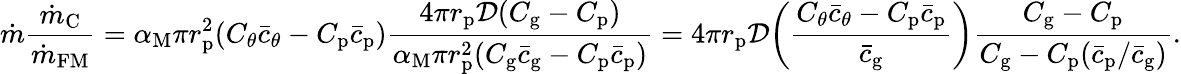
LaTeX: \dot{m}\frac{\dot{m}_{\mathrm{C}}}{\dot{m}_{\mathrm{FM}}}=\alpha_{\mathrm{M}}\pi r_{\mathrm{p}}^{2}(C_{\theta}\bar{c}_{\theta}-C_{\mathrm{p}}\bar{c}_{\mathrm{p}})\frac{4\pi r_{\mathrm{p}}\mathcal{D}(C_{\mathrm{g}}-C_{\mathrm{p}})}{\alpha_{\mathrm{M}}\pi r_{\mathrm{p}}^{2}(C_{\mathrm{g}}\bar{c}_{\mathrm{g}}-C_{\mathrm{p}}\bar{c}_{\mathrm{p}})}=4\pi r_{\mathrm{p}}\mathcal{D}\bigg(\frac{C_{\theta}\bar{c}_{\theta}-C_{\mathrm{p}}\bar{c}_{\mathrm{p}}}{\bar{c}_{\mathrm{g}}}\bigg)\frac{C_{\mathrm{g}}-C_{\mathrm{p}}}{C_{\mathrm{g}}-C_{\mathrm{p}}(\bar{c}_{\mathrm{p}}/\bar{c}_{\mathrm{g}})}.